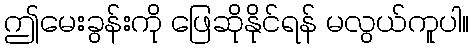
ဤမေးခွန်းကို ဖြေဆိုနိုင်ရန် မလွယ်ကူပါ။